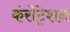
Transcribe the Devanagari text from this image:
कंसेंट्रेशन